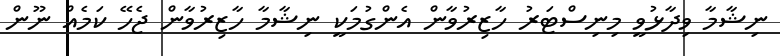
ނިޝާމާ ވިދާޅުވީ މިނިސްޓަރު ހާޒިރުވާން އެންގުމަކީ ނިޝާމާ ހާޒިރުވާން ޖެހޭ ކަމެއް ނޫން